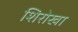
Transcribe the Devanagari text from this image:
शिरोखा